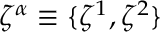
\zeta ^ { \alpha } \equiv \{ \zeta ^ { 1 } , \zeta ^ { 2 } \}